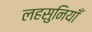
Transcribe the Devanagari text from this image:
लहसुनियाँ